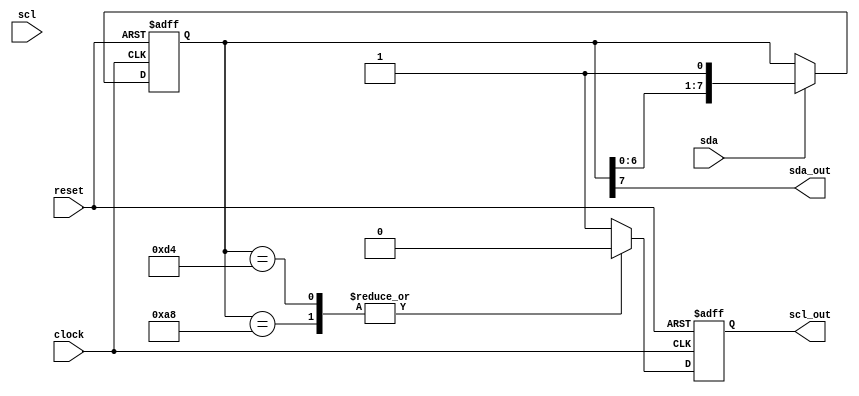
module i2c_controller (
  input wire clock,
  input wire reset,
  input wire sda,
  output reg sda_out,
  input wire scl,
  output reg scl_out
);

reg [7:0] data_reg;
reg [7:0] data_reg_out;

always @(posedge clock or negedge reset) begin
  if (!reset) begin
    data_reg <= 8'b0;
  end else begin
    data_reg <= sda ? {data_reg[6:0], sda} : data_reg;
  end
end

always @(posedge clock or negedge reset) begin
  if (!reset) begin
    scl_out <= 0;
  end else begin
    case(data_reg)
      8'b10101000: scl_out <= 0; // Generate start condition
      8'b11010100: scl_out <= 0; // Generate stop condition
      default: scl_out <= 1; // Clock line high during data transmission
    endcase
  end
end

assign sda_out = data_reg[7];

endmodule